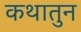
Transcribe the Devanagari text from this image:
कथातुन